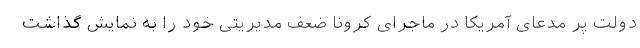
دولت پر مدعای آمریکا در ماجرای کرونا ضعف مدیریتی خود را به نمایش گذاشت